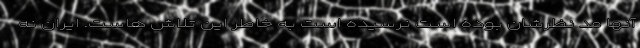
آنها مد نظرشان بوده است نرسیده است به خاطر این تلاش هاست. ایران نه